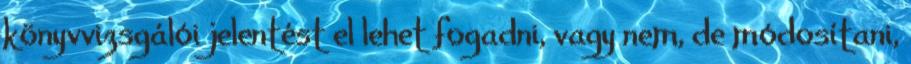
könyvvizsgálói jelentést el lehet fogadni, vagy nem, de módosítani,